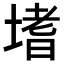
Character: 𭏎